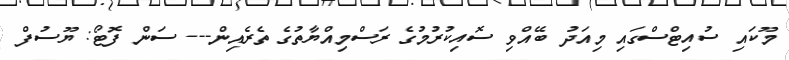
މޫކައި ސުއިޓްސްގައި މިއަދު ބޭއްވި ސޮއިކުރުމުގެ ރަސްމިއްޔާތުގެ ތެރެއިން--- ސަން ފޮޓޯ: ޔޫސުފް